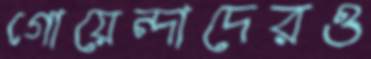
গোয়েন্দাদেরও